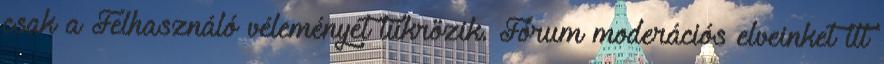
csak a Felhasználó véleményét tükrözik. Fórum moderációs elveinket itt